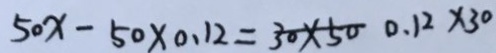
5 0 x - 5 0 \times 0 . 1 2 = 3 0 \times 5 0 . 1 2 \times 3 0